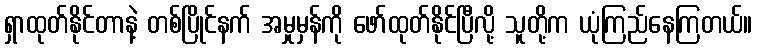
ရှာထုတ်နိုင်တာနဲ့ တစ်ပြိုင်နက် အမှုမှန်ကို ဖော်ထုတ်နိုင်ပြီလို့ သူတို့က ယုံကြည်နေကြတယ်။